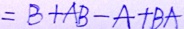
= B + A B - A + B A